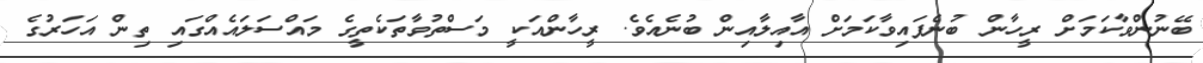
ބޭނުންވާކަމަށް ރީހާން ބުނެފައިވާކަމަށް އާއިލާއިން ބުނެއެވެ. ރީހާންއަކީ މަސްތުވާތަކެތީގެ މައްސަލައެއްގައި ތިން އަހަރުގެ